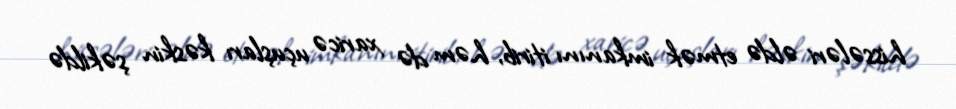
hissələri əldə etmək imkanını itirib, həm də xaricə uçuşları kəskin şəkildə